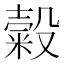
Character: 糓